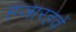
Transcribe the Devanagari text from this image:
हजारहवें